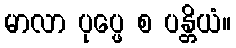
မာလာ ပုပ္ဖေ စ ပန္တိယံ။